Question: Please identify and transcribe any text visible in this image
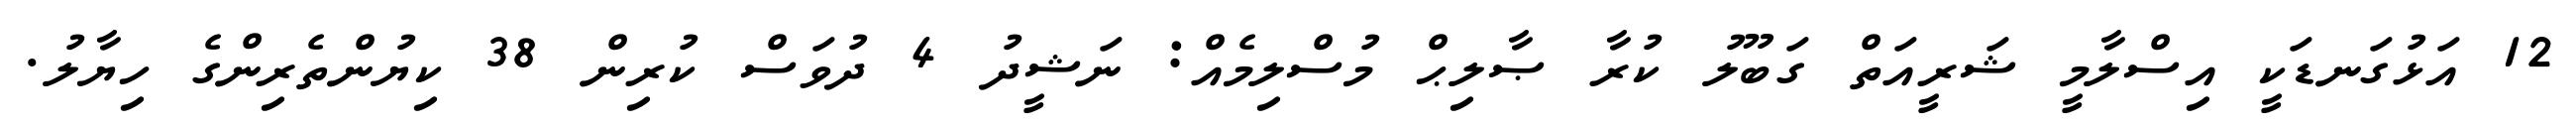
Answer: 12 އަޅުގަނޑަކީ އިސްލާމީ ޝަރީއަތް ގަބޫލު ކުރާ ޞާލިޙް މުސްލިމެއް: ނަޝީދު 4 ދުވަސް ކުރިން 38 ކިޔުންތެރިންގެ ހިޔާލު.